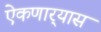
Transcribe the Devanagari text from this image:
ऐकणार्‍यास